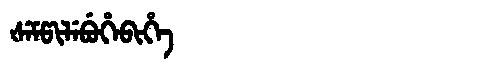
Manchu: ᡧᡝᠮᡦᡳᠯᡝᠪᡠᡥᡝᠪᡳᡥᡝ
Romanization: ŠEMPILEBUHEBIHE